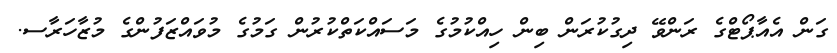
ގަން އެއާޕޯޓްގެ ރަންވޭ ދިގުކުރަން ބިން ހިއްކުމުގެ މަސައްކަތްކުރުން ގަމުގެ މުވައްޒަފުންގެ މުޒާހަރާސ.